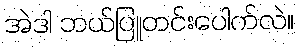
အဲဒါ ဘယ်ပြူတင်းပေါက်လဲ။